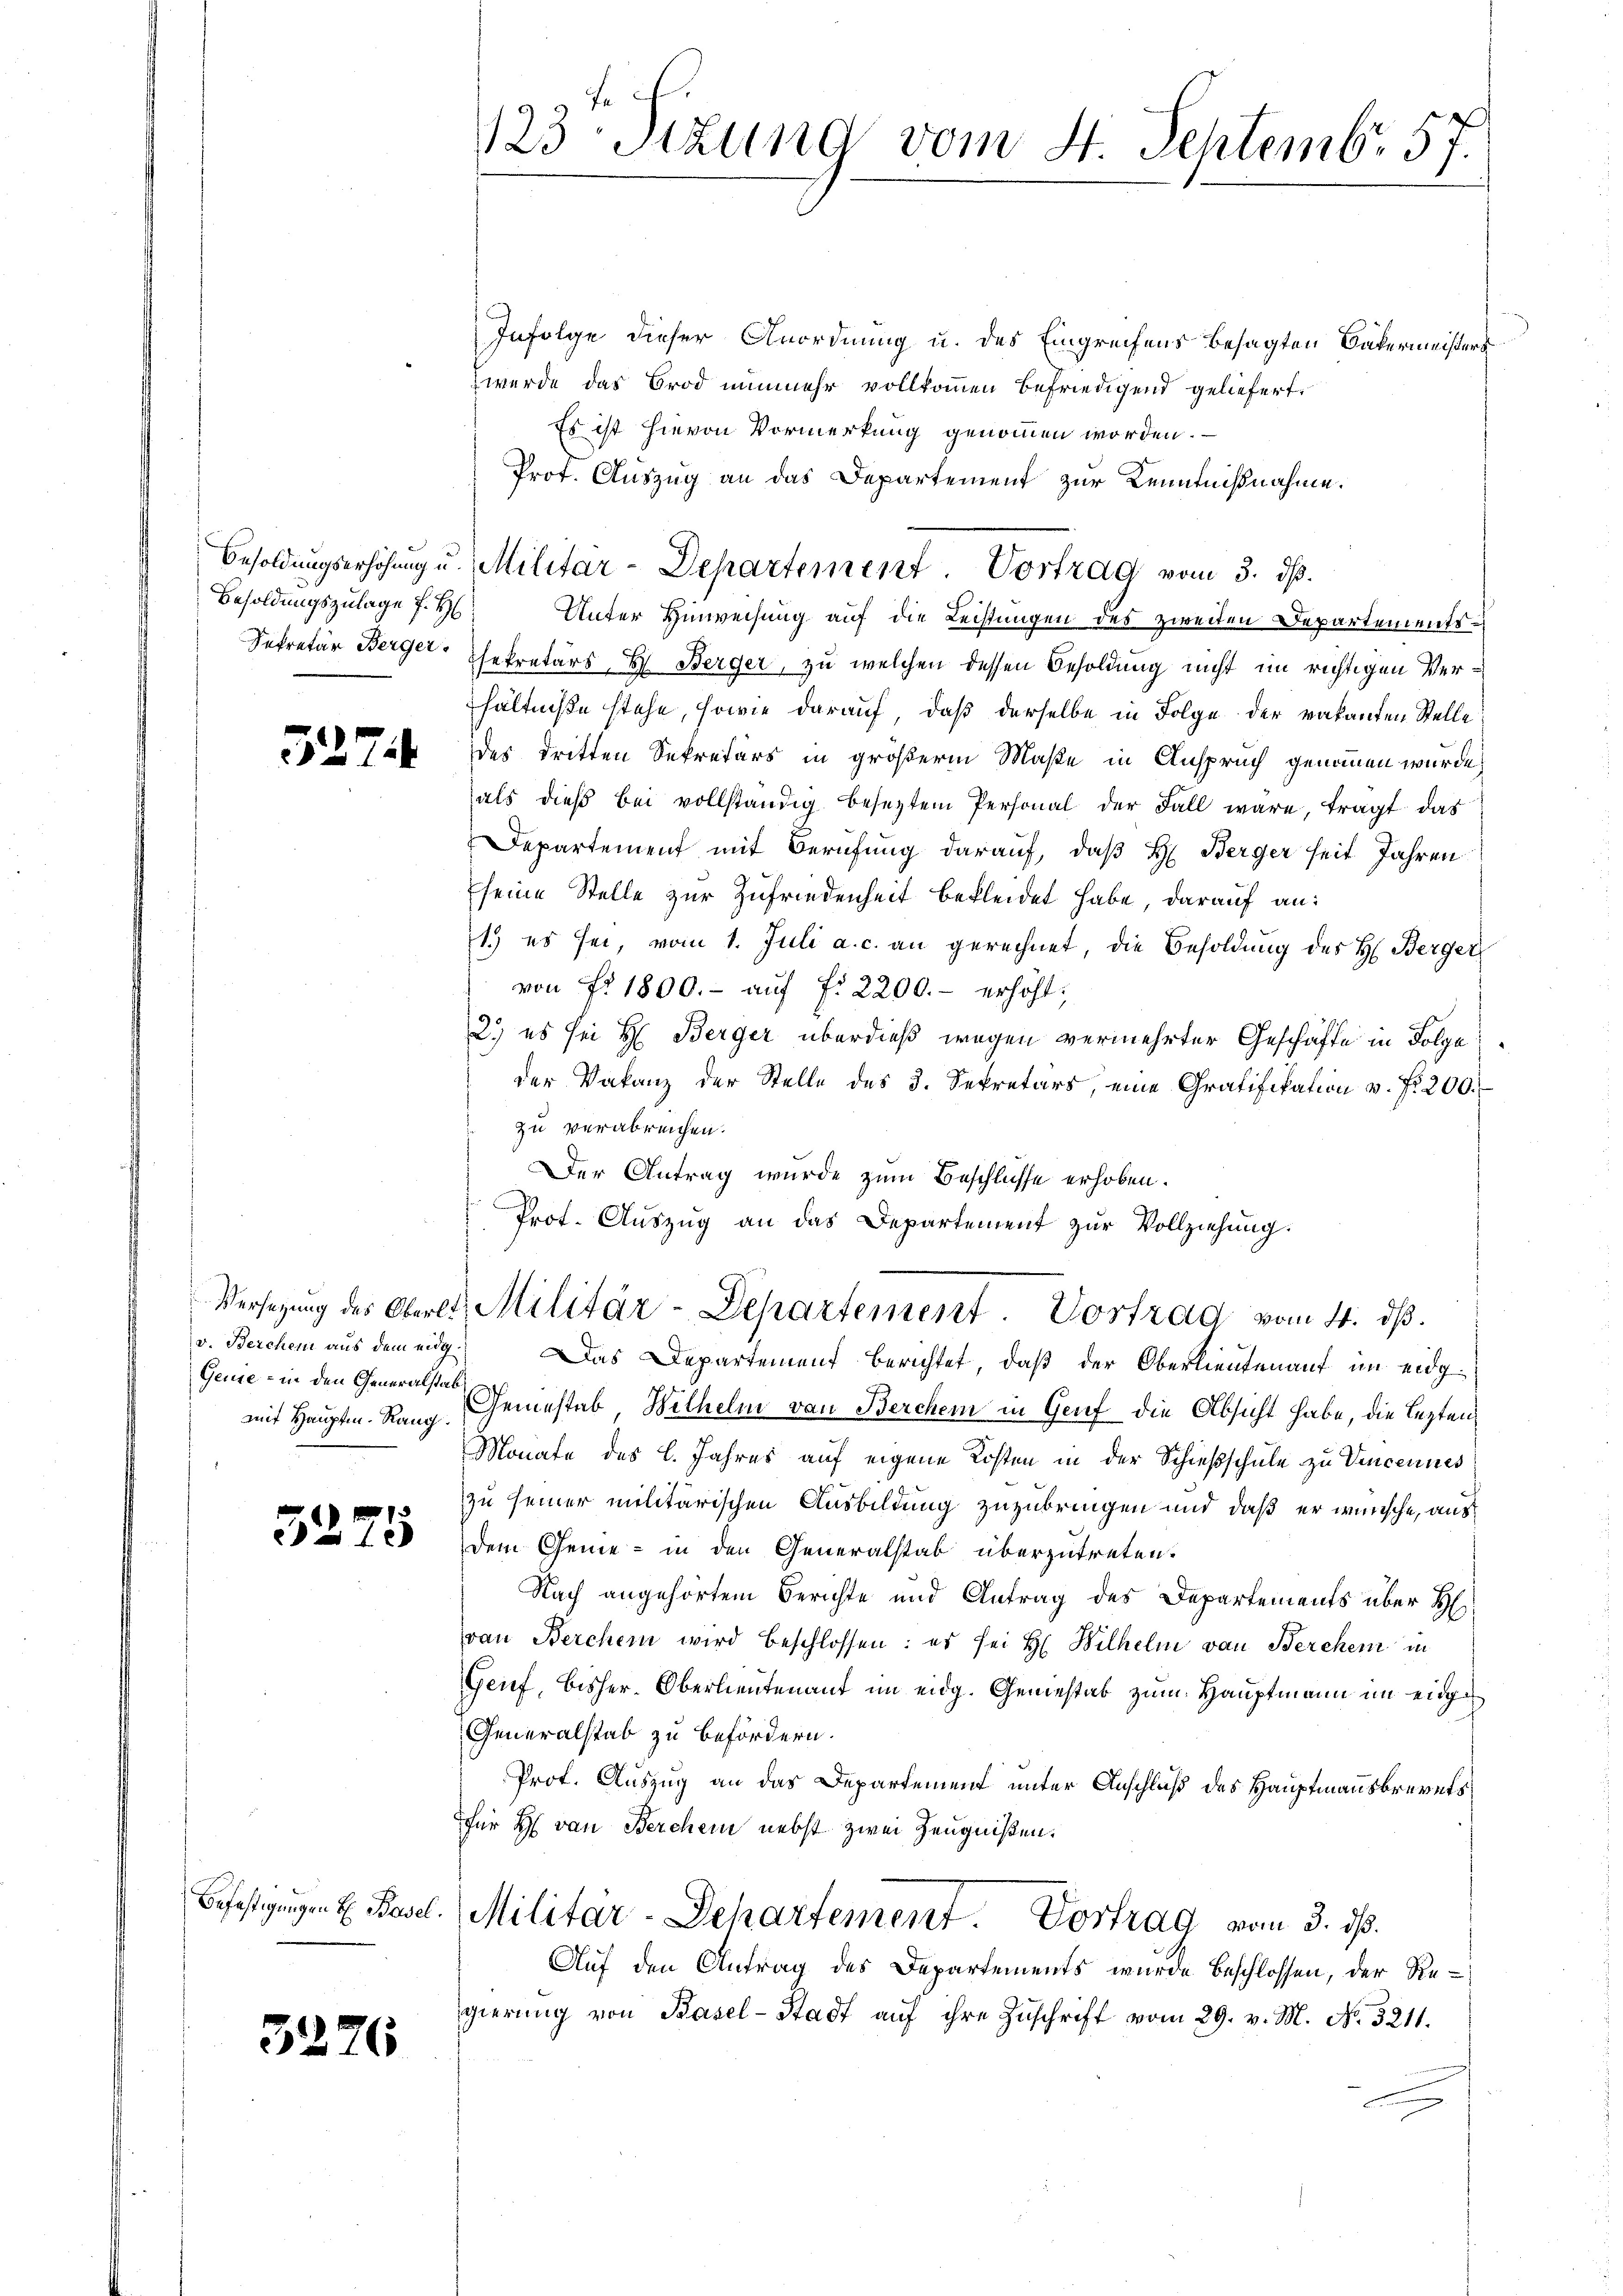
Besoldungszulage f. H

527

Genie - in den Generalstab

3275

3276

Infolge dieser Anordnung u. des Eingreifens besagten Vatermeisters
wurde das Brod nunmehr vollkommen befriedigend geliefert,
Es ist hievon Vormerkung genommen worden.
Prot. Auszug an das Departement zur Kenntnißnahme.
Unter Hinweisung auf die Leistungen des zweiten Departements¬
Sekretär Berger Sekretärs H. Berger, zu welchen dessen Besoldung nicht im richtigen Verhältniße stehe, sowie darauf, daß derselbe in Folge der vakanten Stelle
des dritten Sekretärs in größerm Maße in Anspruch genommen wurde,
als dieß bei vollständig besetztem Personal der Fall wäre, tragt das
Departement mit Berufung darauf, daß H. Berger heit Jahren
seine Stelle zur Zufriedenheit bekleidet habe, darauf an:
1.) es sei, vom 1. Juli a. c. an gerechnet, die Besoldung des H. Berger
von fr. 1800.- aŭf f. 2200.- erhöht,
2.) es sei H. Berger überdieß wegen vermehrter Geschäfte in Folge
der Vakanz der Stelle des 3. Sekretärs, eine Gratifikation v. fr. 200.
zu verabreichen.
Der Antrag wurde zum Beschlüsse erhoben.
Prot. Aŭszŭg an das Departement zur Vollziehung.
Versezung des Oberli, Militär-Departement. Vortrag vom 4. dβ.
v. Berchen aus dem eidg. Das Departement berichtet, daß der Oberlieutenauf im eidgmit Hauptm. Rang, Gemestab Wilhelm von Berchen in Genf die Absicht habe, die lezten
Monate des l. Jahres auf eigene Kosten in der Schießschule zu Vincennes
zu seiner militärischen Ausbildung zuzubringen und daß er wünsche, aus
Dem Gene- in den Generalstab überzutreten.
Nach angehörtem Berichte und Antrag des Departements über H
von Berchen wird beschlossen: es sei H. Wilhelm von Bercher in
Genf, bisher-Oberlieutenant im eidg. Gemestab zum Hauptmann im einge
Generalstab zu befördern.
Prof. Auszug an das Departement unter Anschluß des Hauptmannsbrevets
Für H. von Berchen nebst zwei Zeugnißen.
Befestigungen u. Basel. Militär-Departement. Vortrag vom 3. ds.
Auf den Antrag des Departements wurde beschlossen, der Regierung von Basel-Stadt auf ihre Zuschrift vom 29. v. M. No. 3211.

123. Sizung vom 4. Septemb. 57.

Besoldungserhöhung u. Militar-Departement. Vortrag vom 3. ds.